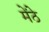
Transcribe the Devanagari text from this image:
मेंठे